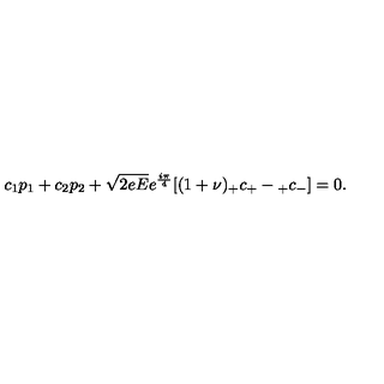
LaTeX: c _ { 1 } p _ { 1 } + c _ { 2 } p _ { 2 } + \sqrt { 2 e E } e ^ { \frac { i \pi } { 4 } } [ ( 1 + \nu ) { } _ { + } c _ { + } - { } _ { + } c _ { - } ] = 0 .